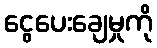
ငွေပေးချေမှုကို